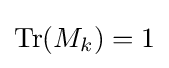
{\rm {Tr}}(M_{k})=1